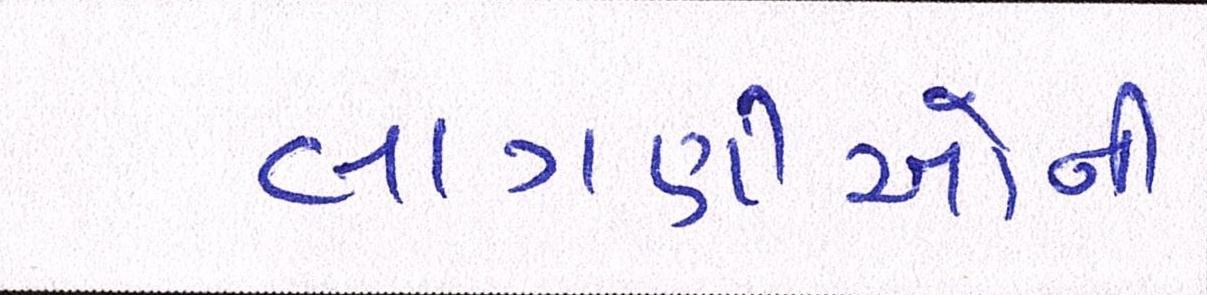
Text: લાગણીઓની